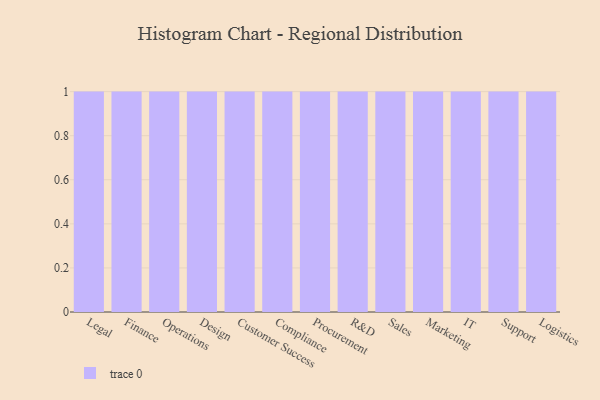
{"axis": {"x": "Department", "y": "Population (Million)"}, "legend": [""], "data": [{"x": "Legal", "y": 89, "type": ""}, {"x": "Finance", "y": 17, "type": ""}, {"x": "Operations", "y": 87, "type": ""}, {"x": "Design", "y": 92, "type": ""}, {"x": "Customer Success", "y": 76, "type": ""}, {"x": "Compliance", "y": 27, "type": ""}, {"x": "Procurement", "y": 83, "type": ""}, {"x": "R&D", "y": 94, "type": ""}, {"x": "Sales", "y": 43, "type": ""}, {"x": "Marketing", "y": 45, "type": ""}, {"x": "IT", "y": 29, "type": ""}, {"x": "Support", "y": 27, "type": ""}, {"x": "Logistics", "y": 84, "type": ""}]}